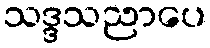
သဒ္ဒသညာပေ